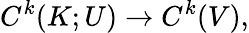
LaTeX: C^{k}(K;U)\to C^{k}(V),